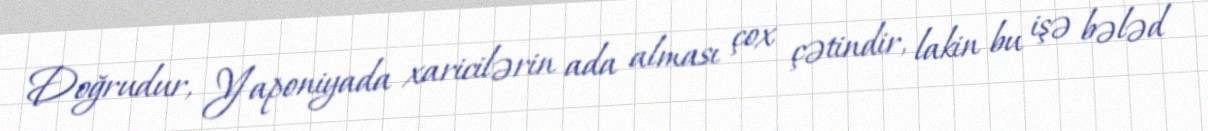
Doğrudur, Yaponiyada xaricilərin ada alması çox çətindir, lakin bu işə bələd